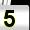
Digit: 5